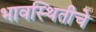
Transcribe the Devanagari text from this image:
भावस्थितीचे